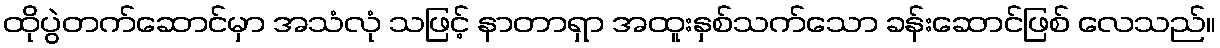
ထိုပွဲတက်ဆောင်မှာ အသံလုံ သဖြင့် နာတာရှာ အထူးနှစ်သက်သော ခန်းဆောင်ဖြစ် လေသည်။